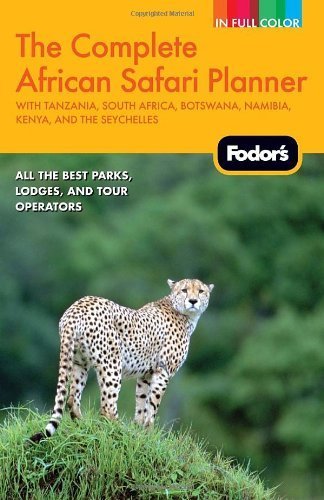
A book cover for Fodor's The Complete African Safari Planner: with Tanzania, South Africa, Botswana, Namibia, Kenya, and the Seychelles (Full-color Travel Guide) by Fodor's (2011) Paperback; Fodor's; Travel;